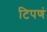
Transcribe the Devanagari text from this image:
टिपणं